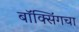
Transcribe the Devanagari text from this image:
बॉक्सिंगचा